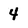
Character: 4